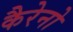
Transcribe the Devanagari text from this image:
कैरेनो